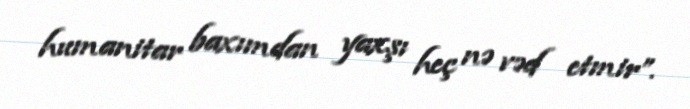
humanitar baxımdan yaxşı heç nə vəd etmir”.